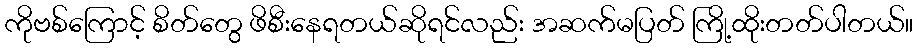
ကိုဗစ်ကြောင့် စိတ်တွေ ဖိစီးနေရတယ်ဆိုရင်လည်း အဆက်မပြတ် ကြို့ထိုးတတ်ပါတယ်။